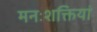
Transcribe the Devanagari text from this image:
मनःशक्तियां